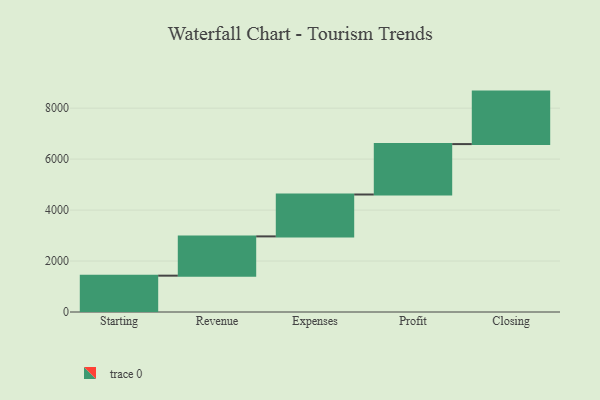
{"axis": {"x": "Step", "y": "Value"}, "legend": [""], "data": [{"x": "Starting", "y": 1426.0, "type": ""}, {"x": "Revenue", "y": 1541.0, "type": ""}, {"x": "Expenses", "y": 1644.0, "type": ""}, {"x": "Profit", "y": 1978.0, "type": ""}, {"x": "Closing", "y": 2060.0, "type": ""}]}